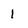
Character: 1